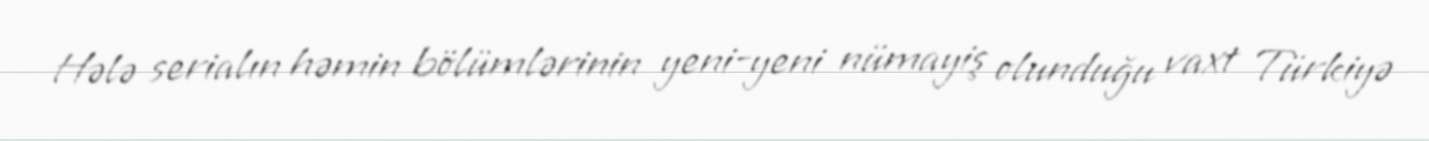
Hələ serialın həmin bölümlərinin yeni-yeni nümayiş olunduğu vaxt Türkiyə